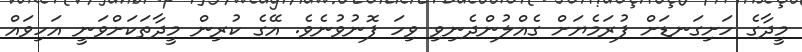
މީދާގެ ހަށިގަނޑަށް ފުރަމެޔަށް ގެއްލުންދެނިވި ވިހަ ފޮނުވުނެވެ. އޭގެ ކުރިން މީދާތަކަށްވަނީ އަހިވައް